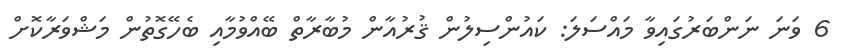
6 ވަނަ ނަންބަރުގައިވާ މައްސަލަ: ކައުންސިލުން ޤުރުއާން މުބާރާތް ބޭއްވުމާއި ބެހޭގޮތުން މަޝްވަރާކޮށް